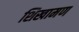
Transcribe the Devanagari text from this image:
शिखामण